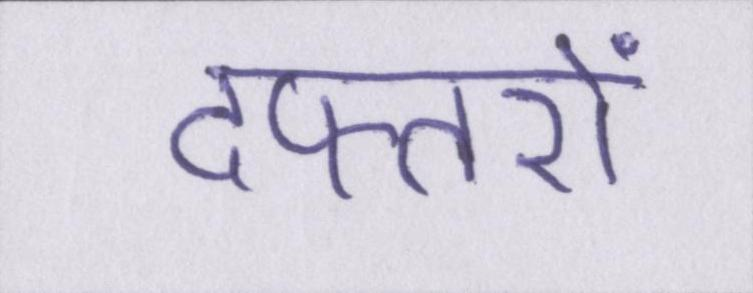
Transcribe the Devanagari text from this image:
दफ्तरों